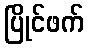
ပြိုင်ဖက်